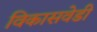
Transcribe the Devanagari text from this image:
विकासवेडी